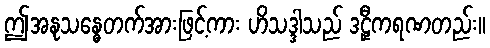
ဤအနုသန္ဓေတက်အားဖြင့်ကား ဟိသဒ္ဒါသည် ဒဠှီကရဏတည်း။